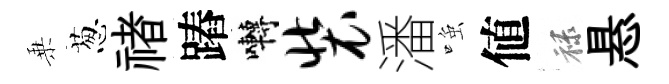
乗葱禇蹖囀装潘𫪻値禄悬